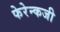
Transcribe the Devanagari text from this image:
फेरेन्कजी